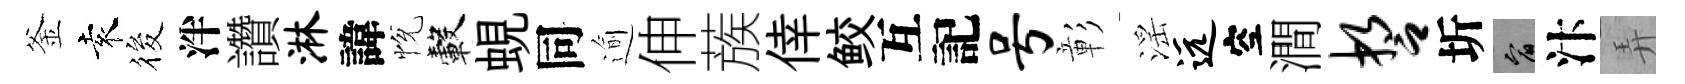
釜袁筱泮讚淋諱恱轂蜆同逾伸蔟倖鲛互記号彰滛远空澗誓圻宥汴弄